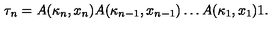
\tau _ { n } = A ( \kappa _ { n } , x _ { n } ) A ( \kappa _ { n - 1 } , x _ { n - 1 } ) \dots A ( \kappa _ { 1 } , x _ { 1 } ) 1 .